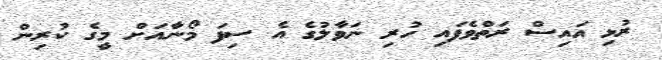
ރުޅި އައިސް ރަތްވެފައި ހުރި ނަވާލުގެ އެ ސިފަ މޯނާއަށް މީގެ ކުރިން